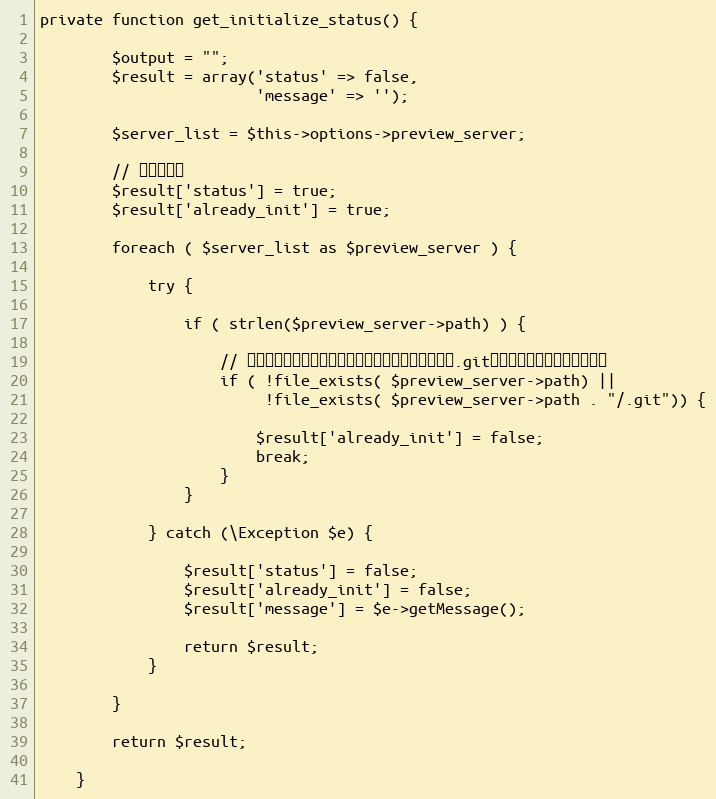
Language: PHP
private function get_initialize_status() {

		$output = "";
		$result = array('status' => false,
						'message' => '');

		$server_list = $this->options->preview_server;

		// 初期値設定
		$result['status'] = true;
		$result['already_init'] = true;

		foreach ( $server_list as $preview_server ) {

			try {

				if ( strlen($preview_server->path) ) {

					// デプロイ先のディレクトリが存在しない、または「.git」フォルダが存在しない場合
					if ( !file_exists( $preview_server->path) ||
						 !file_exists( $preview_server->path . "/.git")) {

						$result['already_init'] = false;
						break;
					}
				}

			} catch (\Exception $e) {

				$result['status'] = false;
				$result['already_init'] = false;
				$result['message'] = $e->getMessage();

				return $result;
			}

		}

		return $result;

	}